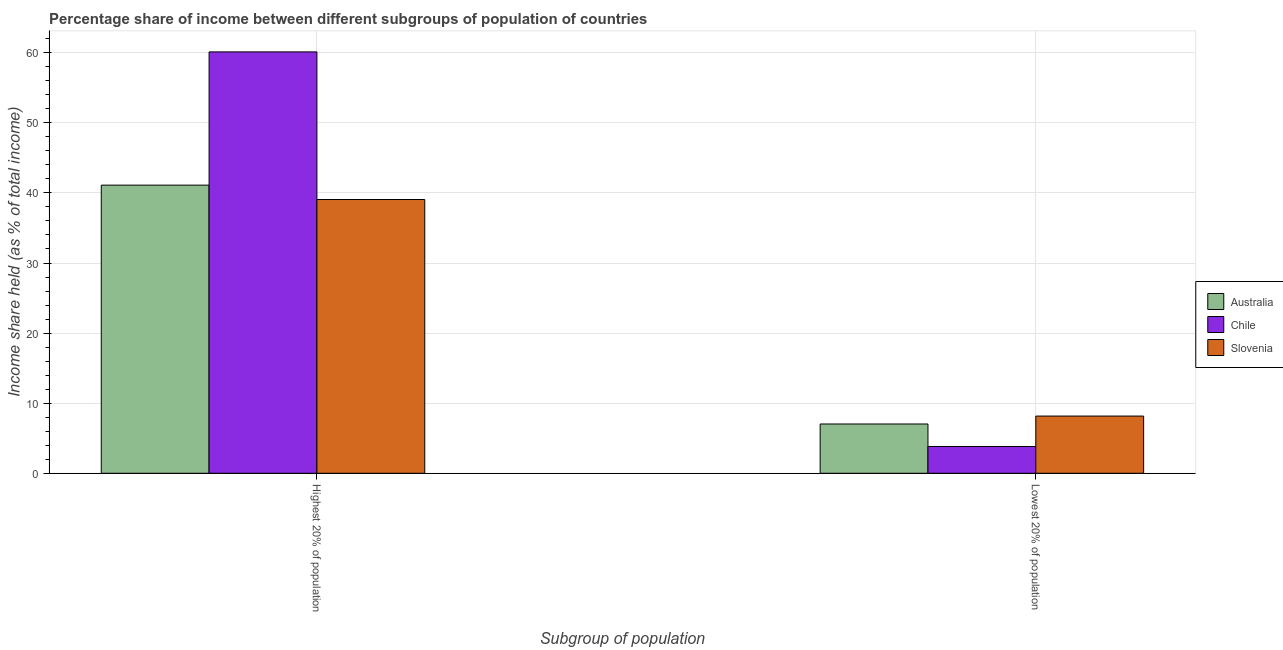
| Subgroup of population | Australia | Chile | Slovenia |
 | --- | --- | --- | --- |
 | Highest 20% of population | 41.1 | 60.1 | 39.1 |
 | Lowest 20% of population | 7.03 | 3.82 | 8.16 |